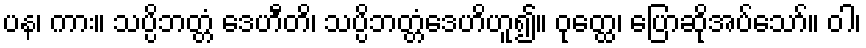
ပန၊ ကား။ သပ္ပိဘတ္တံ ဒေဟီတိ၊ သပ္ပိဘတ္တံဒေဟိဟူ၍။ ဝုတ္ထေ၊ ပြောဆိုအပ်သော်။ ဝါ၊